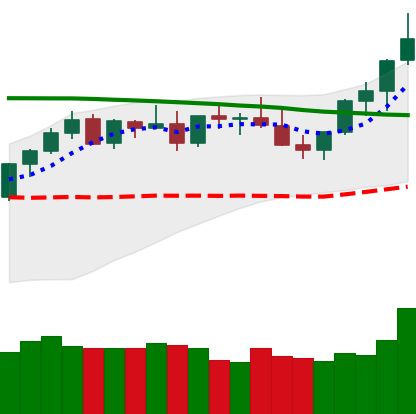
Ticker: XMR-USD
Chart end date: 2021-08-23
Forward return: -5.685%
Label: down_5_7